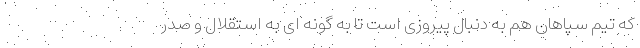
که تیم سپاهان هم به دنبال پیروزی است تا به گونه ای به استقلال و صدر